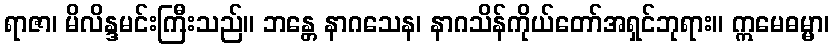
ရာဇာ၊ မိလိန္ဒမင်းကြီးသည်။ ဘန္တေ နာဂသေန၊ နာဂသိန်ကိုယ်တော်အရှင်ဘုရား။ ဣမေဓမ္မာ၊